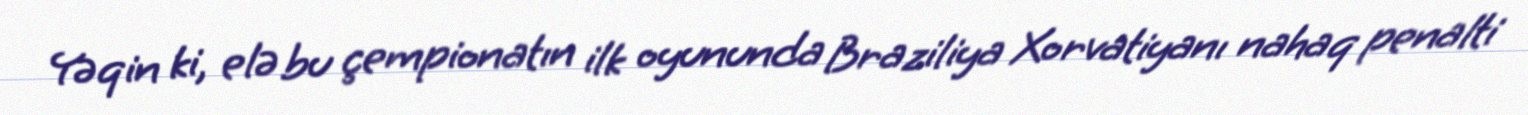
Yəqin ki, elə bu çempionatın ilk oyununda Braziliya Xorvatiyanı nahaq penalti